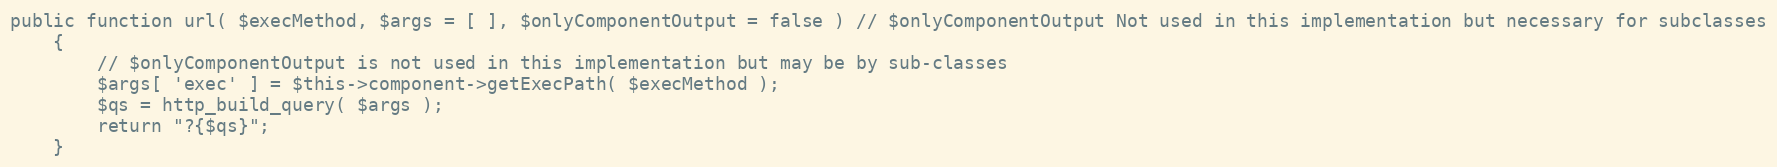
Language: PHP
public function url( $execMethod, $args = [ ], $onlyComponentOutput = false ) // $onlyComponentOutput Not used in this implementation but necessary for subclasses
    {
        // $onlyComponentOutput is not used in this implementation but may be by sub-classes
        $args[ 'exec' ] = $this->component->getExecPath( $execMethod );
        $qs = http_build_query( $args );
        return "?{$qs}";
    }